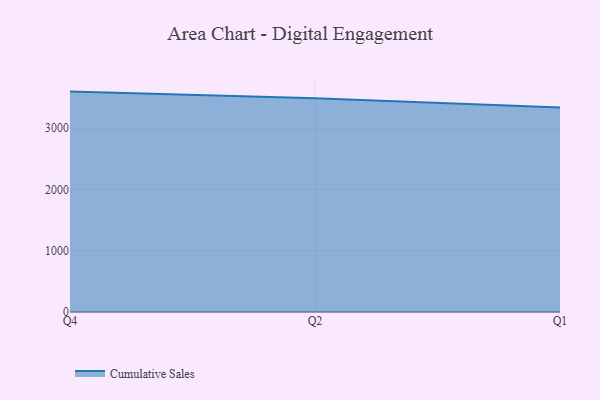
{"axis": {"x": "Quarter", "y": "Market Share (%)"}, "legend": ["Cumulative Sales"], "data": [{"x": "Q4", "y": 3599.1, "type": "Cumulative Sales"}, {"x": "Q2", "y": 3488.7, "type": "Cumulative Sales"}, {"x": "Q1", "y": 3340.6, "type": "Cumulative Sales"}]}